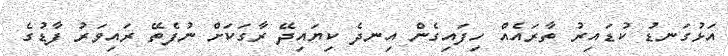
އަޅުގަނޑު ކުޑައިރު ތާރައެއް ހިފައިގެން އިނދެ ކިޔައިދޭ ރާގަކަށް ނުފެތޭ ރައިވަރު ފާޑުގެ